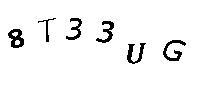
8T33UG